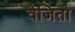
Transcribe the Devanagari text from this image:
वेजितो